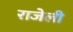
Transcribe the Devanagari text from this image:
राजेली